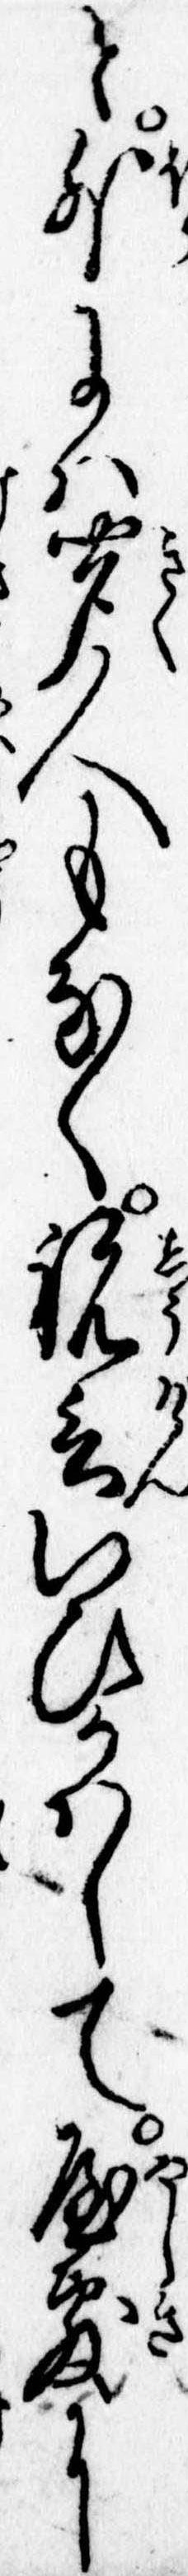
と外には聞人もなく祝言いひかはして屋敷に